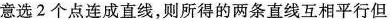
意选2个点连成直线，则所得的两条直线互相平行但